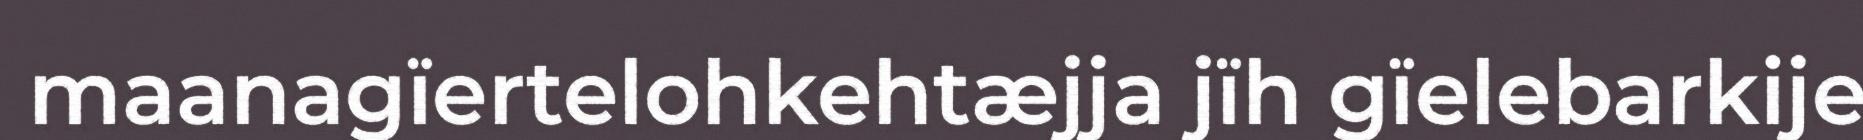
maanagïertelohkehtæjja jïh gïelebarkije